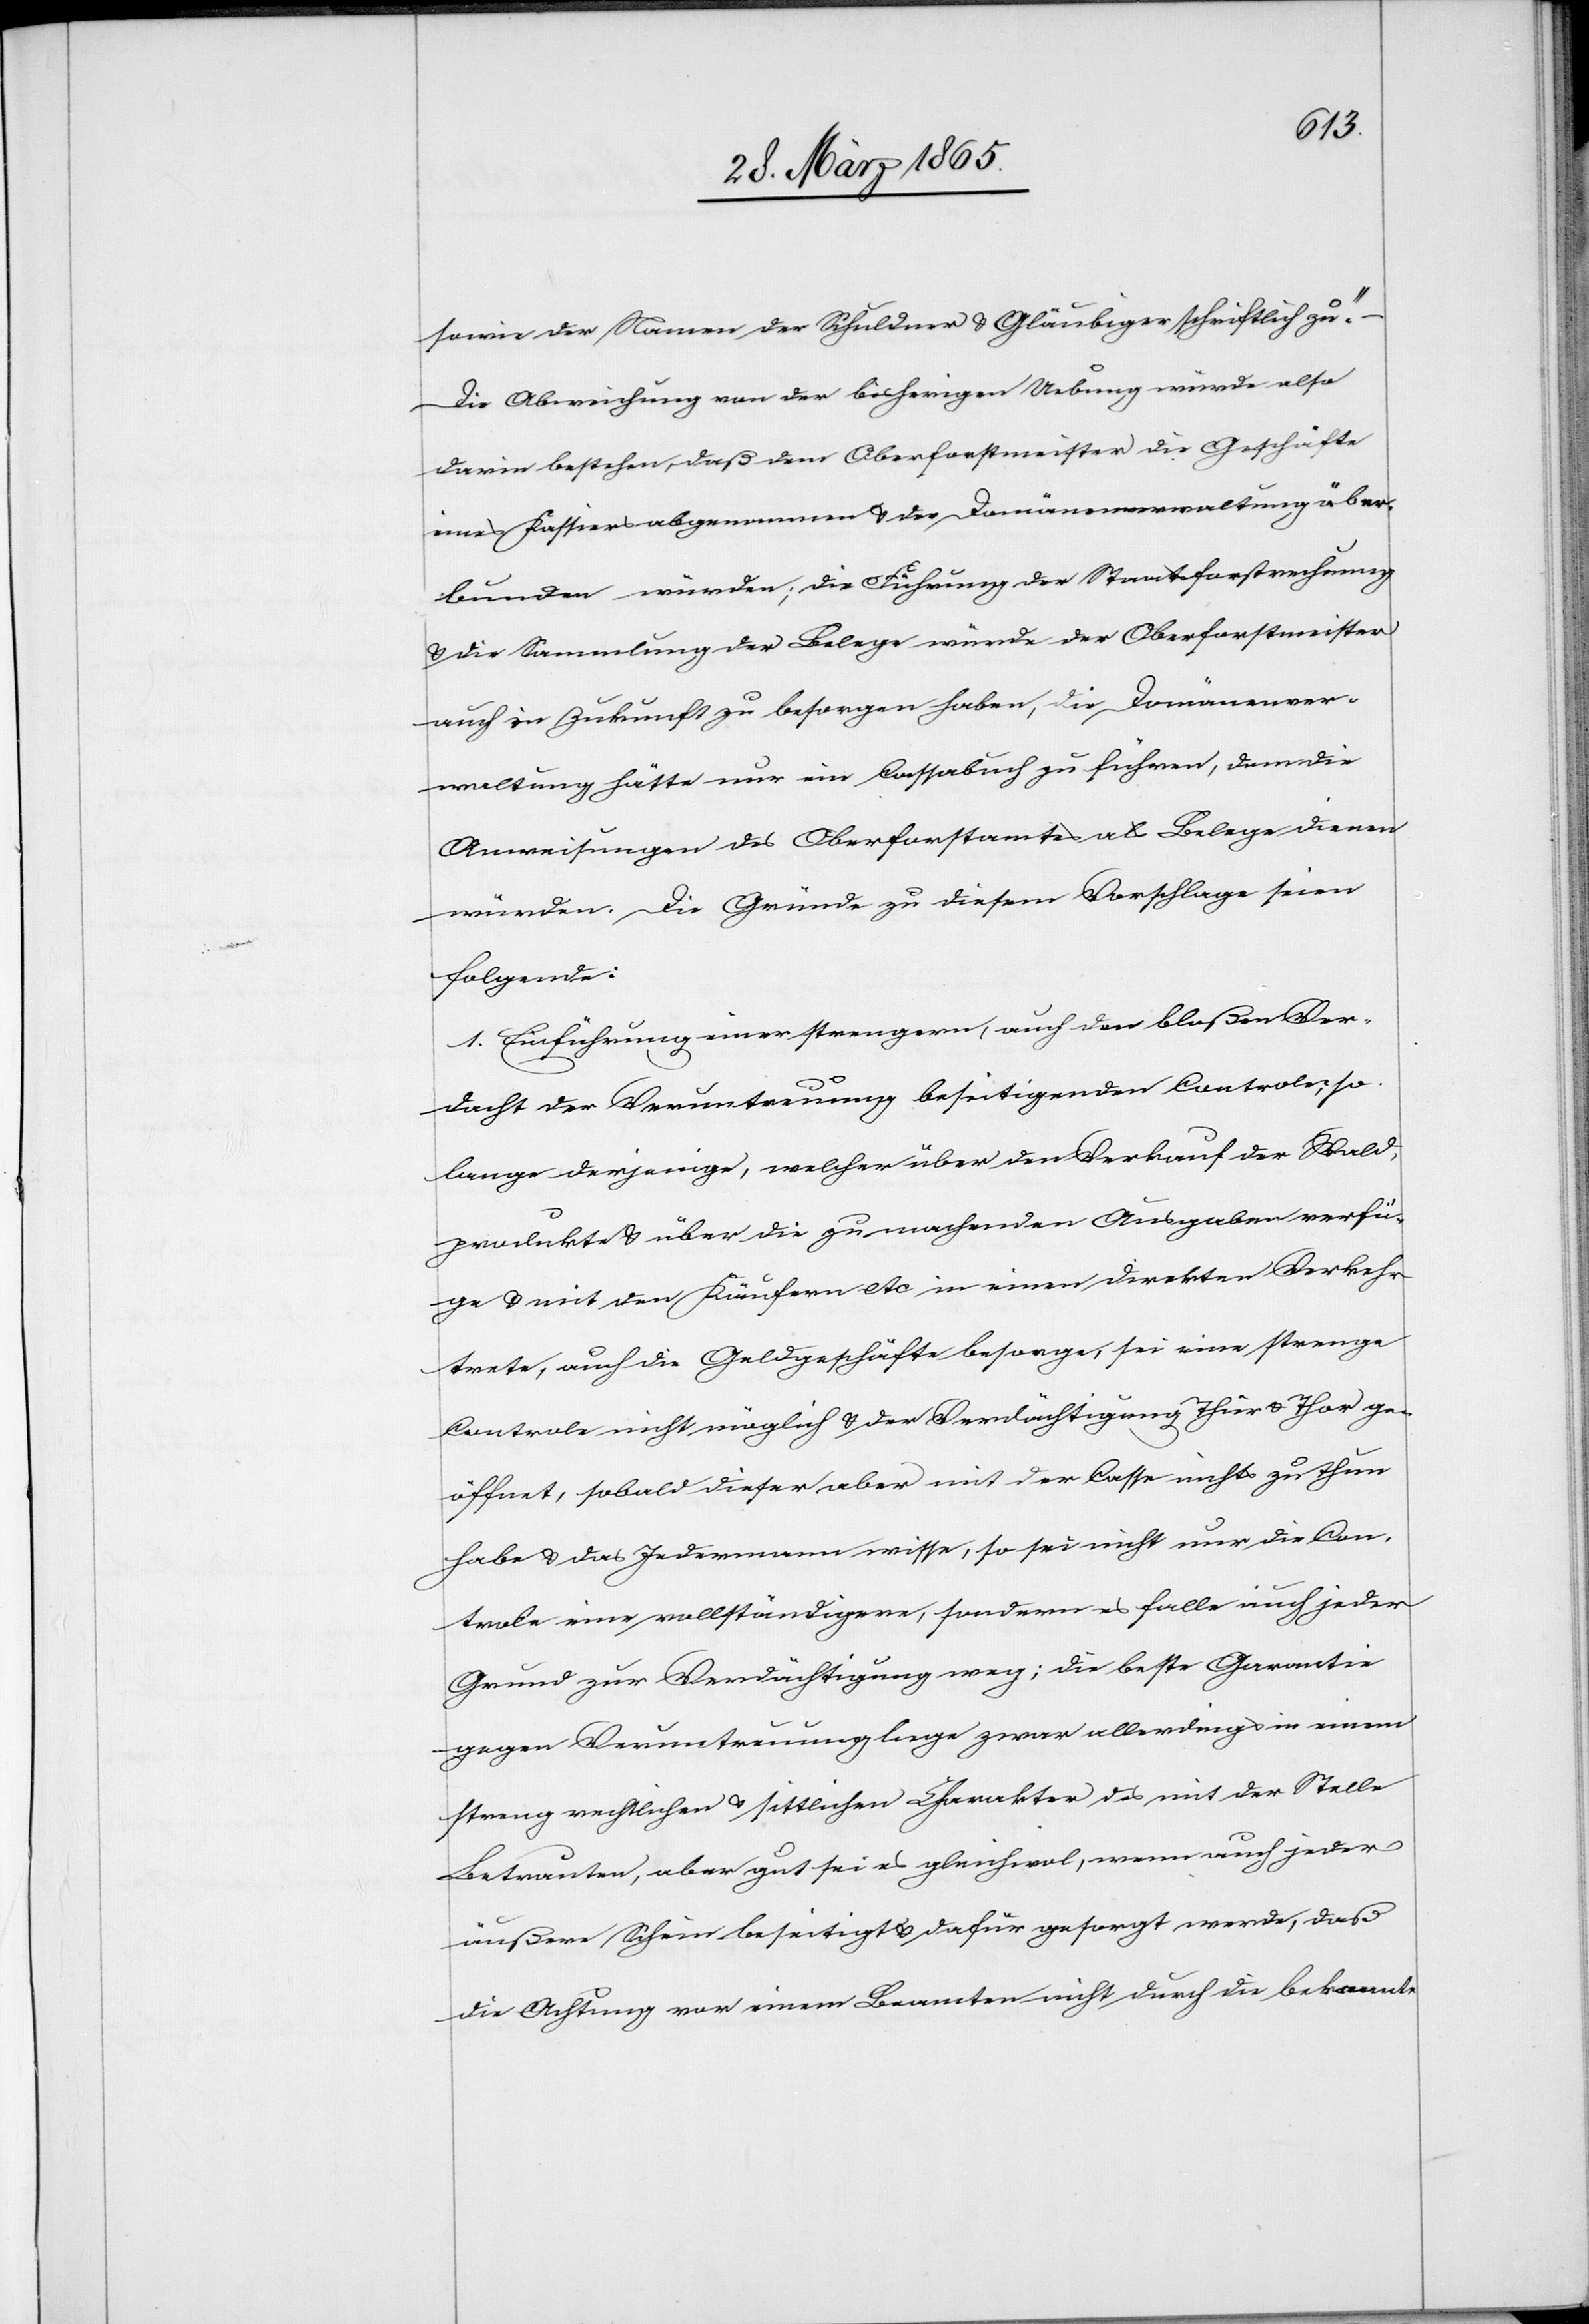
sowie der Namen der Schuldner & Gläubiger schriftlich zu.“
Die Abweichung von der bisherigen Uebung würde also
darin bestehen, daß dem Oberforstmeister die Geschäfte
eines Kassiers abgenommen & der Domänenverwaltung über¬
bunden würden; die Führung der Staatsforstrechnung
& die Sammlung der Belege würde der Oberforstmeister
auch in Zukunft zu besorgen haben, die Domänenver¬
waltung hätte nur ein Cassabuch zu führen, dem die
Anweisungen des Oberforstamtes als Belege dienen
würden. Die Gründe zu diesem Vorschlage seien
folgende:
1. Einführung einer strengern, auch den bloßen Ver¬
dacht der Veruntreuung beseitigenden Controle; so
lange derjenige, welcher über den Verkauf der Wald¬
produkte & über die zu machenden Ausgaben verfü¬
ge & mit den Käufern etc in einem direkten Verkehr
trete, auch die Geldgeschäfte besorge, sei eine strenge
Controle nicht möglich & der Verdächtigung Thür & Thor ge¬
öffnet, sobald dieser aber mit der Casse nichts zu thun
habe & das Jedermann wisse, so sei nicht nur die Con¬
trole eine vollständigere, sondern es falle auch jeder
Grund zur Verdächtigung weg; die beste Garantie
gegen Veruntreuung liege zwar allerdings in einem
streng rechtlichen & sittlichen Charakter des mit der Stelle
Betrauten, aber gut sei es gleichwol, wenn auch jeder
äußere Schein beseitigt & dafür gesorgt werde, daß
die Achtung vor einem Beamten nicht durch die bekannte